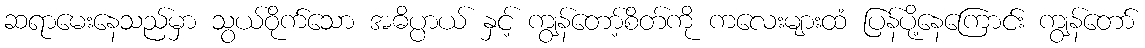
ဆရာမေးနေသည်မှာ သွယ်ဝိုက်သော အဓိပ္ပာယ် နှင့် ကျွန်တော့်စိတ်ကို ကလေးများထံ ပြန်ပို့နေကြောင်း ကျွန်တော်